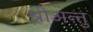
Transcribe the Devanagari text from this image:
श्रीअन्तु